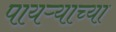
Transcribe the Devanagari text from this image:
पायऱ्याच्या